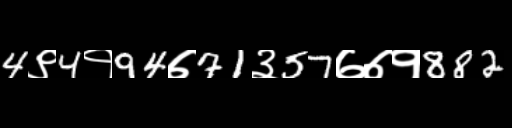
Text: 4९4१94७71३57७७१882